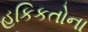
હકિકતોના